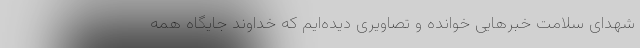
شهدای سلامت خبرهایی خوانده و تصاویری دیده‌ایم که خداوند جایگاه همه